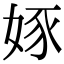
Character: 𡝍